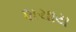
શચાય